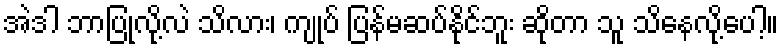
အဲဒါ ဘာပြုလို့လဲ သိလား၊ ကျုပ် ပြန်မဆပ်နိုင်ဘူး ဆိုတာ သူ သိနေလို့ပေါ့။